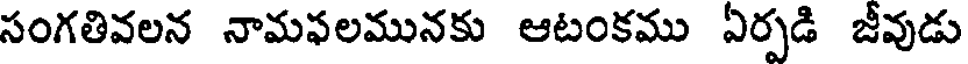
సంగతివలన నామఫలమునకు ఆటంకము ఏర్పడి జీవుడు